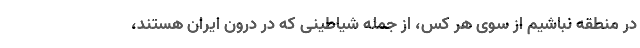
در منطقه نباشیم از سوی هر کس، از جمله شیاطینی که در درون ایران هستند،